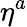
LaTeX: \eta^{a}